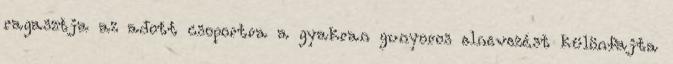
ragasztja az adott csoportra a gyakran gunyoros elnevezést különfajta